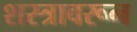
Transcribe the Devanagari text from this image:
शस्त्रावरून